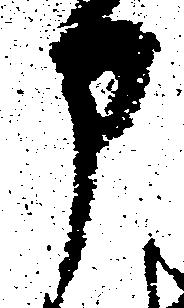
申